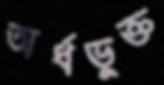
অর্ধভুক্ত